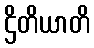
ဌိတိယာတိ